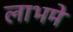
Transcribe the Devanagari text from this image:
लाभमे